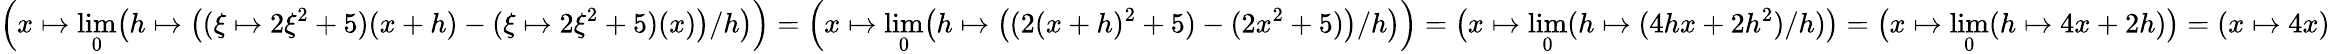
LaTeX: \Bigl(x\mapsto\lim_{0}\bigl(h\mapsto\bigl((\xi\mapsto 2\xi^{2}+5)(x+h)-(\xi\mapsto 2\xi^{2}+5)(x)\bigr)/h\bigr)\Bigr)=\Bigl(x\mapsto\lim_{0}\bigl(h\mapsto\bigl((2(x+h)^{2}+5)-(2x^{2}+5)\bigr)/h\bigr)\Bigr)=\bigl(x\mapsto\lim_{0}(h\mapsto(4hx+2h^{2})/h)\bigr)=\bigl(x\mapsto\lim_{0}(h\mapsto 4x+2h)\bigr)=(x\mapsto 4x)